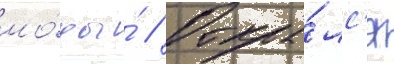
мо́ды ́ // Откры́лс'я